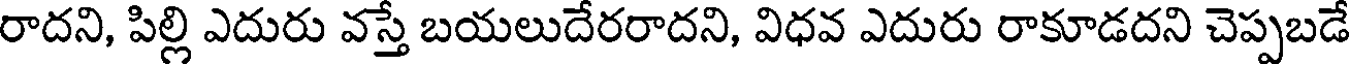
రాదని, పిల్లి ఎదురు వస్తే బయలుదేరరాదని, విధవ ఎదురు రాకూడదని చెప్పబడే